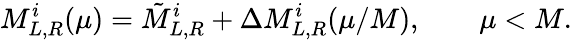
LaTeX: M_{L,R}^{i}(\mu)=\tilde{M}_{L,R}^{i}+\Delta M_{L,R}^{i}(\mu/M),\qquad\mu<M.